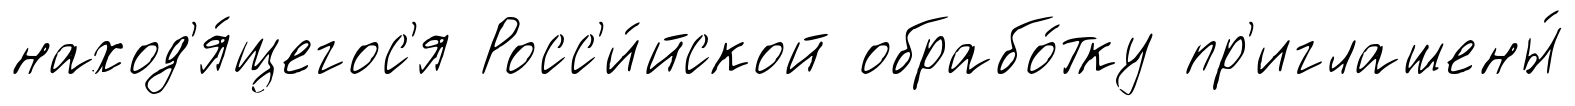
наход'я́щегос'я Росс'и́йской обрабо́тку пр'иглашены́